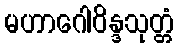
မဟာဂေါဝိန္ဒသုတ္တံ